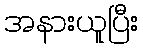
အနားယူပြီး